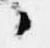
々